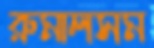
রুমালসম